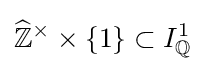
{\widehat {\mathbb {Z} }}^{\times }\times \{1\}\subset I_{\mathbb {Q} }^{1}